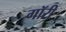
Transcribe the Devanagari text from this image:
गॉरी